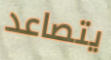
يتصاعد